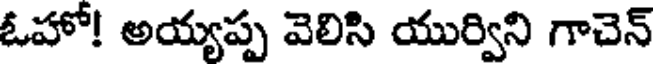
ఓహో! అయ్యప్ప వెలిసి యుర్విని గాచెన్